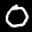
Label: 0